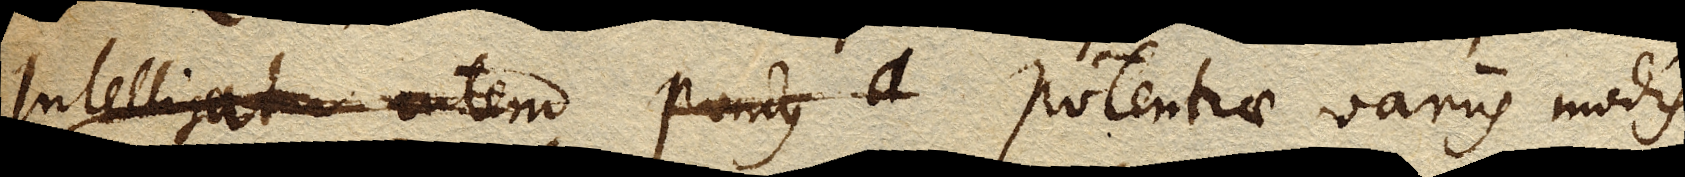
Intelligatur autem pondus a potentiae variis modis